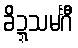
ခိဍ္ဍသမင်္ဂီ